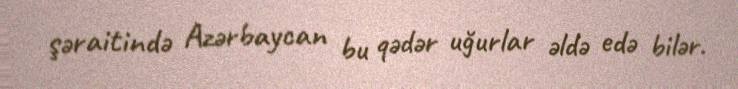
şəraitində Azərbaycan bu qədər uğurlar əldə edə bilər.